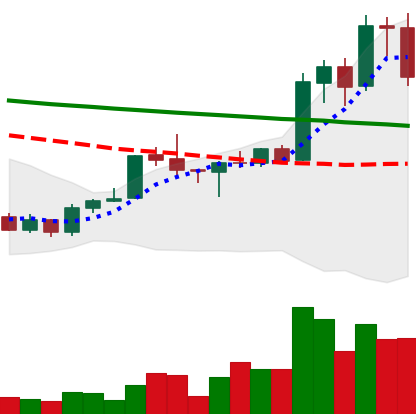
Ticker: ADA-USD
Chart end date: 2020-01-19
Forward return: 7.206%
Label: up_7plus